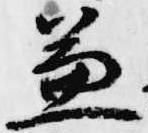
兼